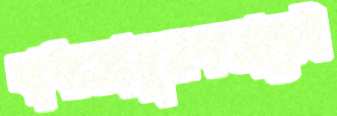
বাধ্যতামূলকভাবেই